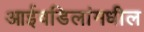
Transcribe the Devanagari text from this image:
आईवडिलांमधील